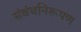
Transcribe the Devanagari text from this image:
संबंधनिरूपण